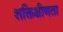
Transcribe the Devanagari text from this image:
शक्तिक्षीणता